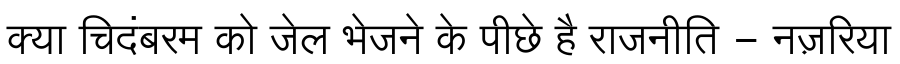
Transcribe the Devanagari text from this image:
क्या चिदंबरम को जेल भेजने के पीछे है राजनीति - नज़रिया